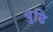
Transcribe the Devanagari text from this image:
बुढि